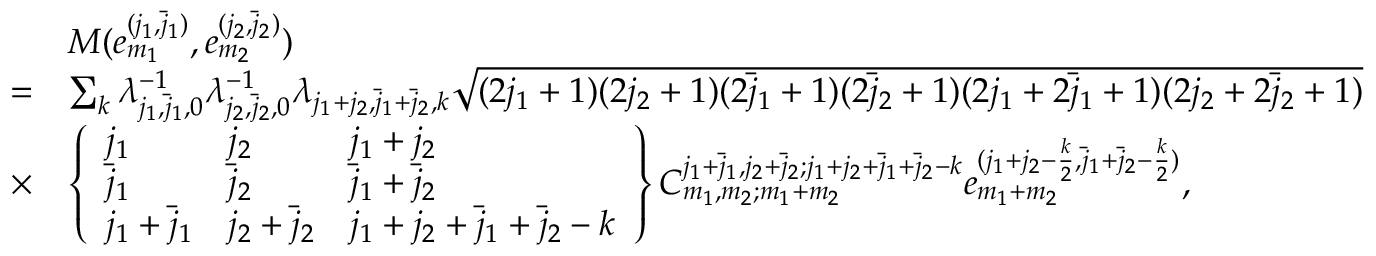
\begin{array} { r l } & { M ( e _ { m _ { 1 } } ^ { ( j _ { 1 } , \bar { j } _ { 1 } ) } , e _ { m _ { 2 } } ^ { ( j _ { 2 } , \bar { j } _ { 2 } ) } ) } \\ { = } & { \sum _ { k } \lambda _ { j _ { 1 } , \bar { j } _ { 1 } , 0 } ^ { - 1 } \lambda _ { j _ { 2 } , \bar { j } _ { 2 } , 0 } ^ { - 1 } \lambda _ { j _ { 1 } + j _ { 2 } , \bar { j } _ { 1 } + \bar { j } _ { 2 } , k } \sqrt { ( 2 j _ { 1 } + 1 ) ( 2 j _ { 2 } + 1 ) ( 2 \bar { j } _ { 1 } + 1 ) ( 2 \bar { j } _ { 2 } + 1 ) ( 2 j _ { 1 } + 2 \bar { j } _ { 1 } + 1 ) ( 2 j _ { 2 } + 2 \bar { j } _ { 2 } + 1 ) } } \\ { \times } & { \left\{ \begin{array} { l l l } { j _ { 1 } } & { j _ { 2 } } & { j _ { 1 } + j _ { 2 } } \\ { \bar { j } _ { 1 } } & { \bar { j } _ { 2 } } & { \bar { j } _ { 1 } + \bar { j } _ { 2 } } \\ { j _ { 1 } + \bar { j } _ { 1 } } & { j _ { 2 } + \bar { j } _ { 2 } } & { j _ { 1 } + j _ { 2 } + \bar { j } _ { 1 } + \bar { j } _ { 2 } - k } \end{array} \right\} C _ { m _ { 1 } , m _ { 2 } ; m _ { 1 } + m _ { 2 } } ^ { j _ { 1 } + \bar { j } _ { 1 } , j _ { 2 } + \bar { j } _ { 2 } ; j _ { 1 } + j _ { 2 } + \bar { j } _ { 1 } + \bar { j } _ { 2 } - k } e _ { m _ { 1 } + m _ { 2 } } ^ { ( j _ { 1 } + j _ { 2 } - \frac { k } { 2 } , \bar { j } _ { 1 } + \bar { j } _ { 2 } - \frac { k } { 2 } ) } , } \end{array}